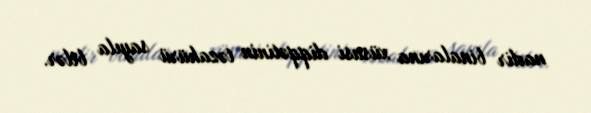
nadir binalarına xüsusi diqqətinin təzahürü sayıla bilər.